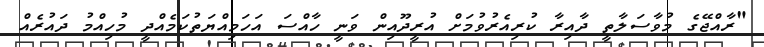
"ރާއްޖޭގެ މުވާސަލާތީ ދާއިރާ ކުރިއެރުވުމަށް އުރީދޫއިން ވަނީ ހާއްސަ އަހަމިއްޔަތުކަމެއްދީ މުހިއްމު ދައުރެއް